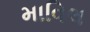
માવિલ